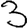
Digit: 3